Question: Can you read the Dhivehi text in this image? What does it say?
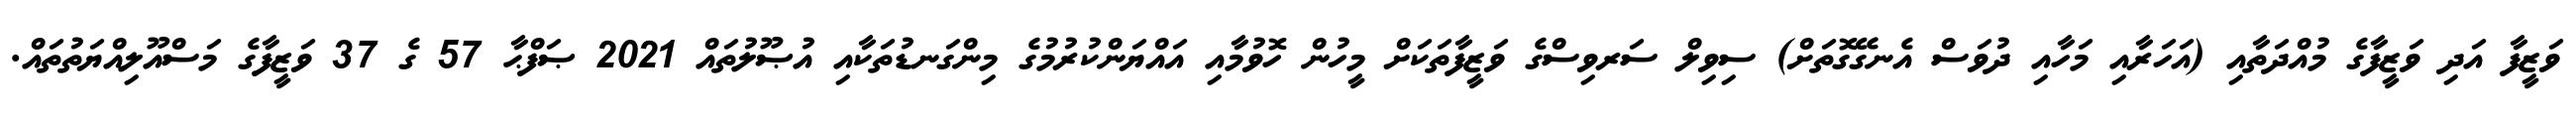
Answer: ވަޒީފާ އަދި ވަޒީފާގެ މުއްދަތާއި (އަހަރާއި މަހާއި ދުވަސް އެނގޭގޮތަށް) ސިވިލް ސަރވިސްގެ ވަޒީފާތަކަށް މީހުން ހޮވުމާއި އައްޔަންކުރުމުގެ މިންގަނޑުތަކާއި އުޞޫލުތައް 2021 ޞަފްޙާ 57 ގެ 37 ވަޒީފާގެ މަސްއޫލިއްޔަތުތައް.